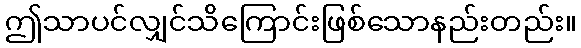
ဤသာပင်လျှင်သိကြောင်းဖြစ်သောနည်းတည်း။